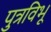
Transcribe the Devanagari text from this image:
पुत्रविभू